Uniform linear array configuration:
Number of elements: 64
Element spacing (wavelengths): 0.75
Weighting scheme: blackman
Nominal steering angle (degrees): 15
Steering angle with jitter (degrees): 16.285
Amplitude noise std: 0.05
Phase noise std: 0.05

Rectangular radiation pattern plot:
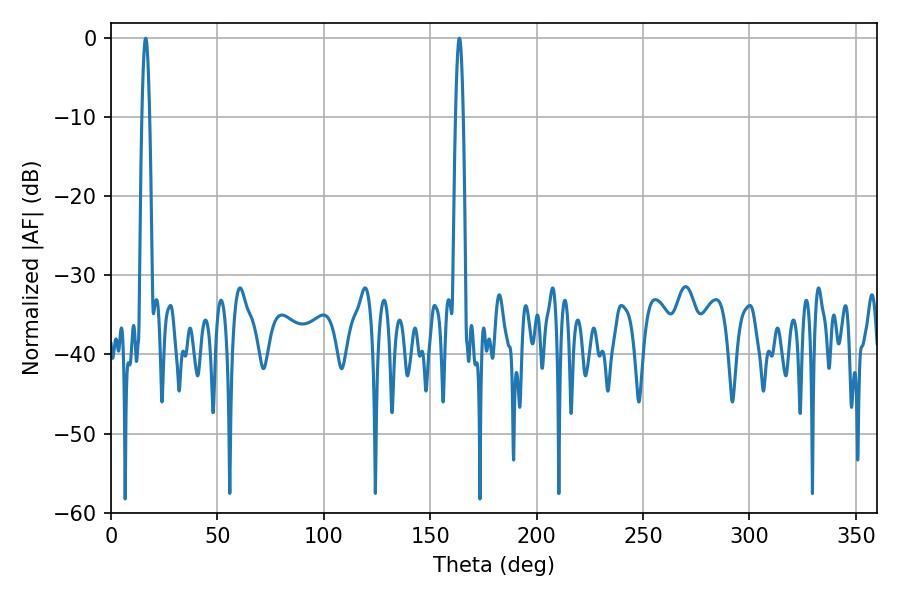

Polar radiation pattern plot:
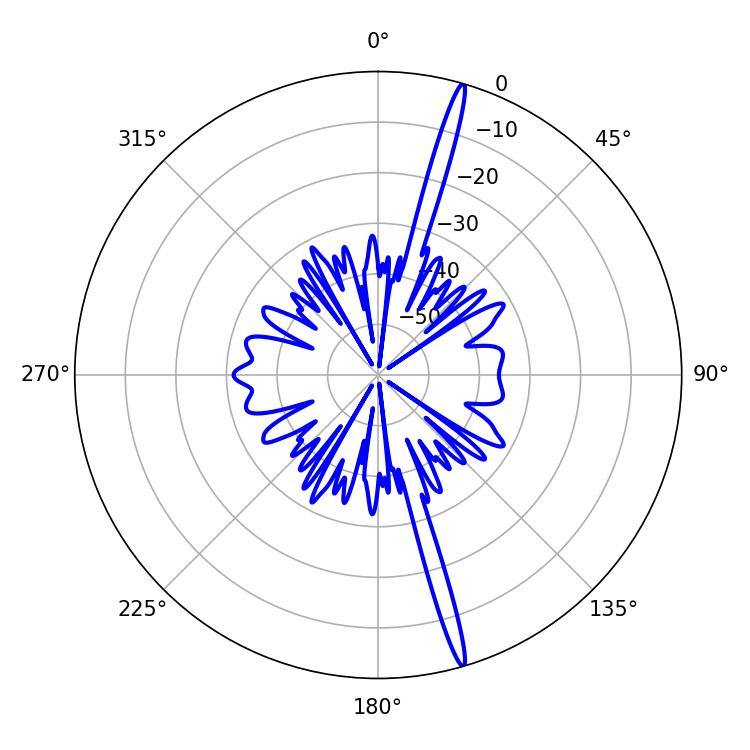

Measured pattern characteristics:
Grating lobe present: TRUE
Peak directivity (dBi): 19.709
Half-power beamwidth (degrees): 1.98
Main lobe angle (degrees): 16.38